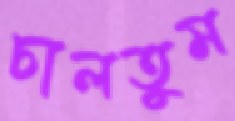
চালতুম